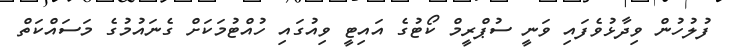
ފުލުހުން ވިދާޅުވެފައި ވަނީ ސުޕްރީމް ކޯޓުގެ އައިޓީ ވިއުގައި ހުއްޓުމަކަށް ގެނައުމުގެ މަސައްކަތް